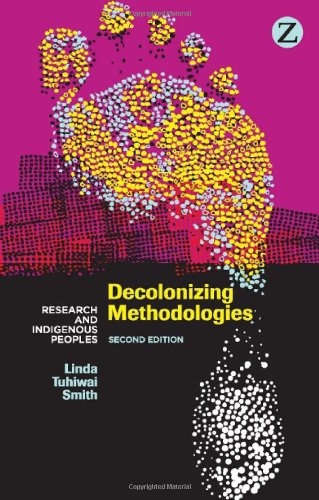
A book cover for Decolonizing Methodologies: Research and Indigenous Peoples; Linda Tuhiwai Smith; Science & Math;